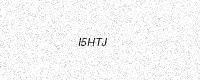
Text: I5HTJ